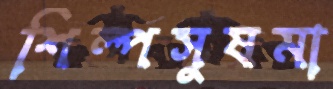
শিল্পসুষমা